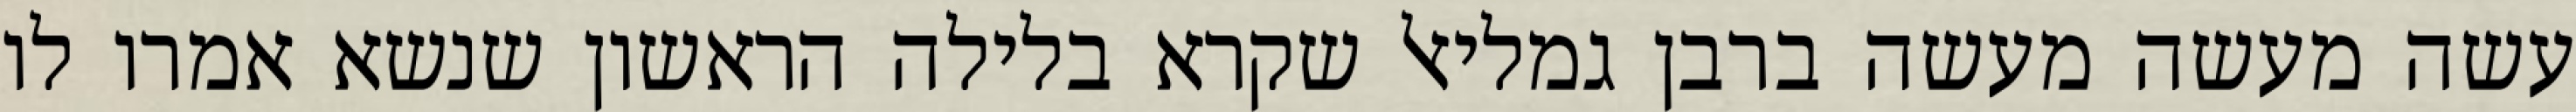
עשה מעשה מעשה ברבן גמליאל שקרא בלילה הראשון שנשא אמרו לו